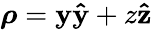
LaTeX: \boldsymbol{\rho}=\mathbf{y}\mathbf{{\hat{{\mathbf{y}}}}}+z\mathbf{{\hat{{z}}}}